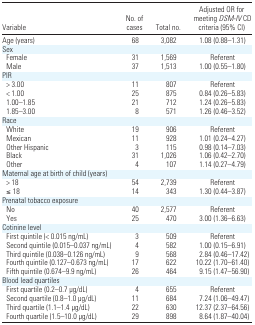
<table><thead><tr><td><b>Variable</b></td><td><b>No. of cases</b></td><td><b>Total no.</b></td><td><b>Adjusted OR for meeting <i>DSM-IV</i> CD criteria (95% CI)</b></td></tr></thead><tbody><tr><td>Age (years)</td><td>68</td><td>3,082</td><td>1.08 (0.88–1.31)</td></tr><tr><td colspan="4">Sex</td></tr><tr><td> Female</td><td>31</td><td>1,569</td><td>Referent</td></tr><tr><td> Male</td><td>37</td><td>1,513</td><td>1.00 (0.55–1.80)</td></tr><tr><td colspan="4">PIR</td></tr><tr><td> &gt; 3.00</td><td>11</td><td>807</td><td>Referent</td></tr><tr><td> &lt; 1.00</td><td>25</td><td>875</td><td>0.84 (0.26–5.83)</td></tr><tr><td> 1.00–1.85</td><td>21</td><td>712</td><td>1.24 (0.26–5.83)</td></tr><tr><td> 1.85–3.00</td><td>8</td><td>571</td><td>1.26 (0.46–3.52)</td></tr><tr><td colspan="4">Race</td></tr><tr><td> White</td><td>19</td><td>906</td><td>Referent</td></tr><tr><td> Mexican</td><td>11</td><td>928</td><td>1.01 (0.24–4.27)</td></tr><tr><td> Other Hispanic</td><td>3</td><td>115</td><td>0.98 (0.14–7.03)</td></tr><tr><td> Black</td><td>31</td><td>1,026</td><td>1.06 (0.42–2.70)</td></tr><tr><td> Other</td><td>4</td><td>107</td><td>1.14 (0.27–4.79)</td></tr><tr><td colspan="4">Maternal age at birth of child (years)</td></tr><tr><td> &gt; 18</td><td>54</td><td>2,739</td><td>Referent</td></tr><tr><td> ≤ 18</td><td>14</td><td>343</td><td>1.30 (0.44–3.87)</td></tr><tr><td colspan="4">Prenatal tobacco exposure</td></tr><tr><td> No</td><td>40</td><td>2,577</td><td>Referent</td></tr><tr><td> Yes</td><td>25</td><td>470</td><td>3.00 (1.36–6.63)</td></tr><tr><td colspan="4">Cotinine level</td></tr><tr><td> First quintile (&lt; 0.015 ng/mL)</td><td>3</td><td>509</td><td>Referent</td></tr><tr><td> Second quintile (0.015–0.037 ng/mL)</td><td>4</td><td>582</td><td>1.00 (0.15–6.91)</td></tr><tr><td> Third quintile (0.038–0.126 ng/mL)</td><td>9</td><td>568</td><td>2.84 (0.46–17.42)</td></tr><tr><td> Fourth quintile (0.127–0.673 ng/mL)</td><td>17</td><td>622</td><td>10.22 (1.70–61.40)</td></tr><tr><td> Fifth quintile (0.674–9.9 ng/mL)</td><td>26</td><td>464</td><td>9.15 (1.47–56.90)</td></tr><tr><td colspan="4">Blood lead quartiles</td></tr><tr><td> First quartile (0.2–0.7 μg/dL)</td><td>4</td><td>655</td><td>Referent</td></tr><tr><td> Second quartile (0.8–1.0 μg/dL)</td><td>11</td><td>684</td><td>7.24 (1.06–49.47)</td></tr><tr><td> Third quartile (1.1–1.4 μg/dL)</td><td>22</td><td>630</td><td>12.37 (2.37–64.56)</td></tr><tr><td> Fourth quartile (1.5–10.0 μg/dL)</td><td>29</td><td>898</td><td>8.64 (1.87–40.04)</td></tr></tbody></table>